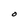
Character: O